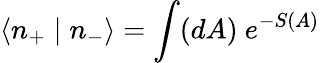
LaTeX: \langle n_{+}\mid n_{-}\rangle=\int(dA)~e^{-S(A)}